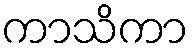
ကာသိကာ